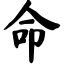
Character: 命